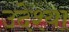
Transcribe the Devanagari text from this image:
उदेश्या